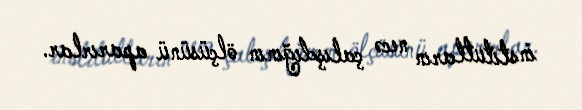
institutların necə çalışdığının ölçüsünü aparırlar.